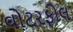
વોટરફોલ